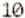
10